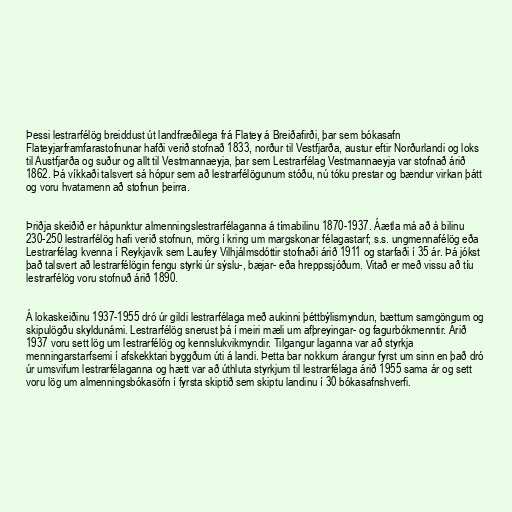
Þessi lestrarfélög breiddust út landfræðilega frá Flatey á Breiðafirði, þar sem bókasafn
Flateyjarframfarastofnunar hafði verið stofnað 1833, norður til Vestfjarða, austur eftir Norðurlandi og loks
til Austfjarða og suður og allt til Vestmannaeyja, þar sem Lestrarfélag Vestmannaeyja var stofnað árið
1862. Þá víkkaði talsvert sá hópur sem að lestrarfélögunum stóðu, nú tóku prestar og bændur virkan þátt
og voru hvatamenn að stofnun þeirra.

Þriðja skeiðið er hápunktur almenningslestrarfélaganna á tímabilinu 1870-1937. Áætla má að á bilinu
230-250 lestrarfélög hafi verið stofnun, mörg í kring um margskonar félagastarf; s.s. ungmennafélög eða
Lestrarfélag kvenna í Reykjavík sem Laufey Vilhjálmsdóttir stofnaði árið 1911 og starfaði í 35 ár. Þá jókst
það talsvert að lestrarfélögin fengu styrki úr sýslu-, bæjar- eða hreppssjóðum. Vitað er með vissu að tíu
lestrarfélög voru stofnuð árið 1890.

Á lokaskeiðinu 1937-1955 dró úr gildi lestrarfélaga með aukinni þéttbýlismyndun, bættum samgöngum og
skipulögðu skyldunámi. Lestrarfélög snerust þá í meiri mæli um afþreyingar- og fagurbókmenntir. Árið
1937 voru sett lög um lestrarfélög og kennslukvikmyndir. Tilgangur laganna var að styrkja
menningarstarfsemi í afskekktari byggðum úti á landi. Þetta bar nokkurn árangur fyrst um sinn en það dró
úr umsvifum lestrarfélaganna og hætt var að úthluta styrkjum til lestrarfélaga árið 1955 sama ár og sett
voru lög um almenningsbókasöfn í fyrsta skiptið sem skiptu landinu í 30 bókasafnshverfi.